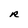
Character: R